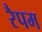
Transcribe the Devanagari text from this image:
रैपम